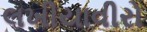
લખીયાવીરો